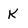
Character: K